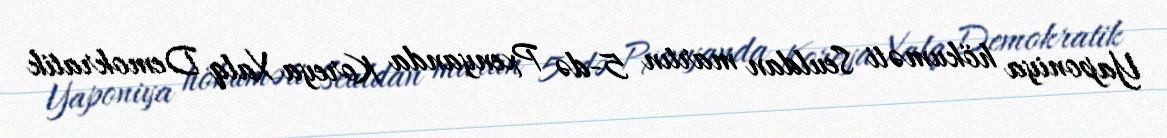
Yaponiya hökuməti Seuldan martın 5-də Pxenyanda Koreya Xalq Demokratik